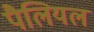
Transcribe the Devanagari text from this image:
पैलियल